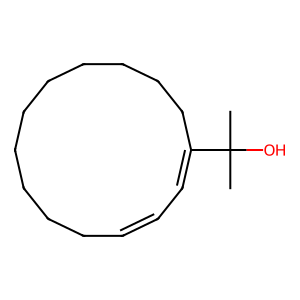
SMILES: CC(C)(O)C1=CC=CCCCCCCCCCC1
Inhibits HIV replication: No